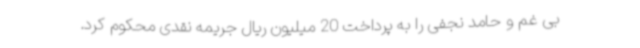
بی غم و حامد نجفی را به پرداخت 20 میلیون ریال جریمه نقدی محکوم کرد.